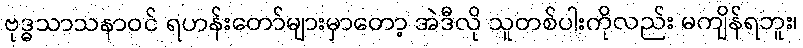
ဗုဒ္ဓသာသနာဝင် ရဟန်းတော်များမှာတော့ အဲဒီလို သူတစ်ပါးကိုလည်း မကျိန်ရဘူး၊